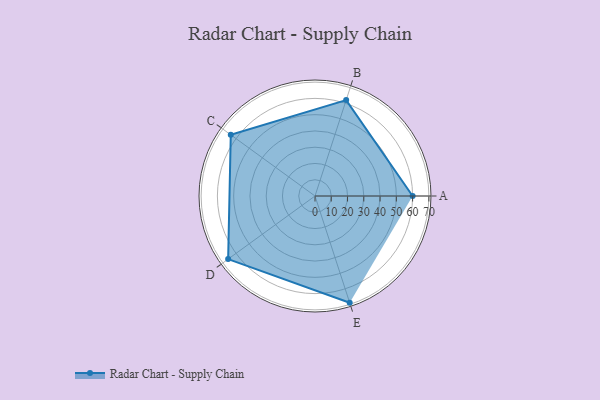
{"axis": {"x": "Skill", "y": "Score"}, "legend": ["Profile"], "data": [{"x": "A", "y": 60.0, "type": "Profile"}, {"x": "B", "y": 62.0, "type": "Profile"}, {"x": "C", "y": 64.0, "type": "Profile"}, {"x": "D", "y": 66.0, "type": "Profile"}, {"x": "E", "y": 69.0, "type": "Profile"}]}